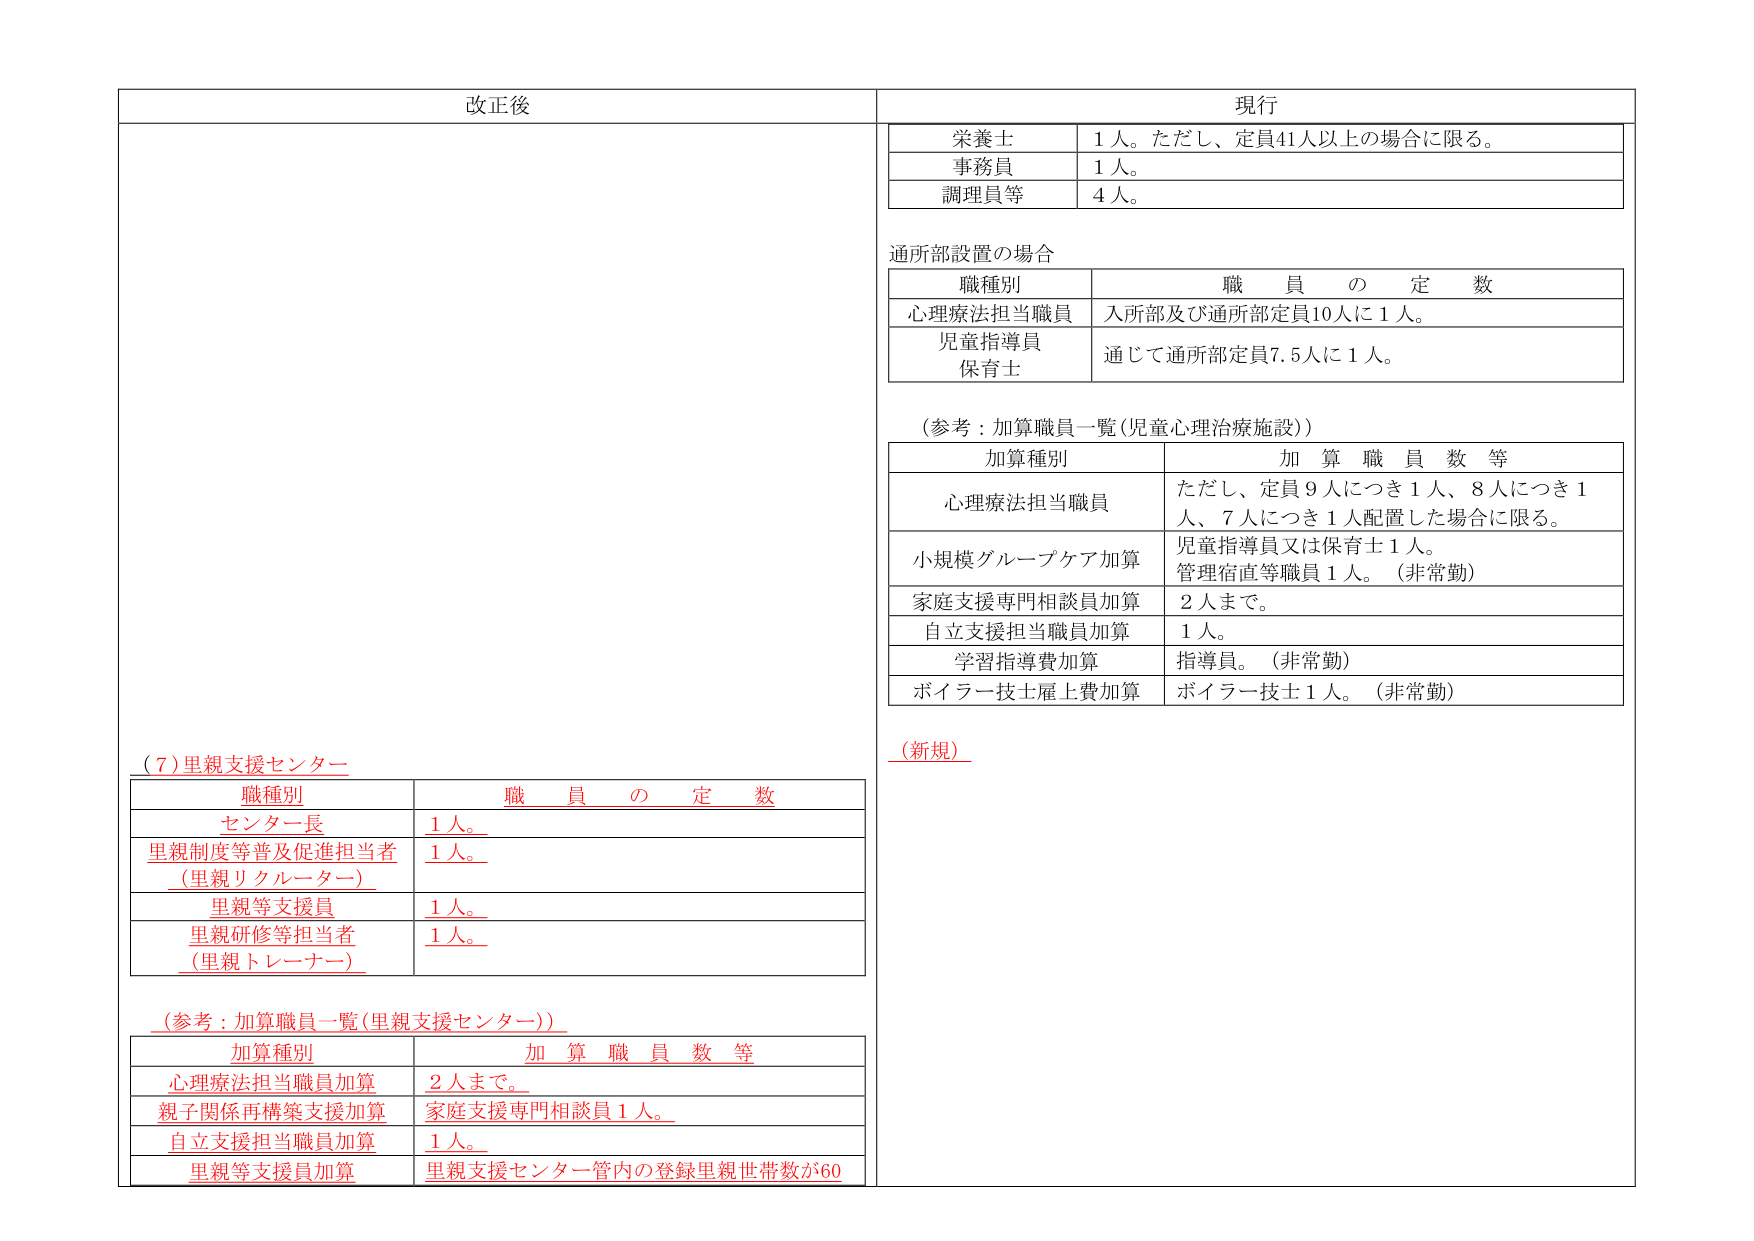
改正後

現行
栄養士　1人。ただし、定員41人以上の場合に限る。
事務員　1人。
調理員等　4人。

通所部設置の場合
職種別　　　　　　　　　　　職員の定数
心理療法担当職員　入所部及び通所部定員10人に1人。
児童指導員
保育士　　　　　　　通じて通所部定員7.5人に1人。

（参考：加算職員一覧（児童心理治療施設））
加算種別　　　　　　　　　加算職員数等
心理療法担当職員　ただし、定員9人につき1人、8人につき1人、7人につき1人配置した場合に限る。
小規模グループケア加算　児童指導員又は保育士1人。
　　　　　　　　　　　　管理宿直等職員1人。（非常勤）
家庭支援専門相談員加算　2人まで。
自立支援担当職員加算　1人。
学習指導費加算　　　　　指導員。（非常勤）
ボイラー技士雇上費加算　ボイラー技士1人。（非常勤）

（新規）

（7）里親支援センター
職種別　　　　　　　　　職員の定数
センター長　　　　　　　1人。
里親制度等普及促進担当者　1人。
（里親リクルーター）
里親等支援員　　　　　　1人。
里親研修等担当者　　　　1人。
（里親トレーナー）

（参考：加算職員一覧（里親支援センター））
加算種別　　　　　　　　加算職員数等
心理療法担当職員加算　　2人まで。
親子関係再構築支援加算　家庭支援専門相談員1人。
自立支援担当職員加算　　1人。
里親等支援員加算　　　　里親支援センター管内の登録里親世帯数が60